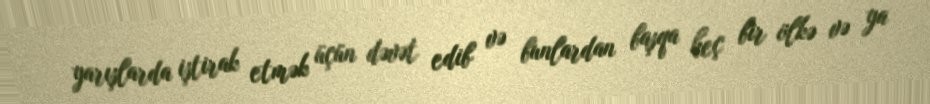
yarışlarda iştirak etmək üçün dəvət edib və bunlardan başqa heç bir ölkə və ya